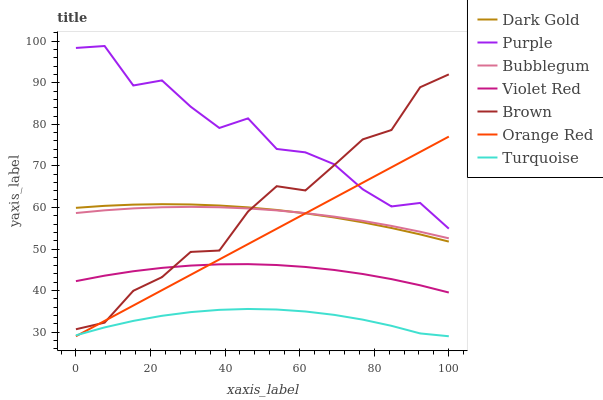
| xaxis_label | Dark Gold | Purple | Bubblegum | Violet Red | Brown | Orange Red | Turquoise |
 | --- | --- | --- | --- | --- | --- | --- | --- |
 | 0 | 59.9 | 98.4 | 58.7 | 42.3 | 30.7 | 29 | 29.2 |
 | 7.69 | 60.4 | 98.9 | 59.3 | 43.6 | 32.3 | 32.7 | 31.1 |
 | 15.4 | 60.7 | 89.4 | 59.8 | 44.6 | 39.9 | 36.4 | 32.7 |
 | 23.1 | 60.8 | 90.6 | 60.1 | 45.5 | 43.2 | 40.1 | 33.9 |
 | 30.8 | 60.7 | 84.3 | 60.1 | 46 | 49.3 | 43.8 | 34.8 |
 | 38.5 | 60.5 | 79.1 | 60 | 46.3 | 49.6 | 47.5 | 35.4 |
 | 46.2 | 60 | 81.4 | 59.8 | 46.4 | 59 | 51.2 | 35.6 |
 | 53.8 | 59.4 | 74.1 | 59.3 | 46.1 | 65.1 | 54.9 | 35.4 |
 | 61.5 | 58.6 | 73.3 | 58.6 | 45.7 | 64.1 | 58.6 | 35 |
 | 69.2 | 57.6 | 70.4 | 57.8 | 45 | 70.1 | 62.3 | 34.2 |
 | 76.9 | 56.4 | 64.4 | 56.8 | 44 | 76.4 | 66 | 33 |
 | 84.6 | 55.1 | 60.2 | 55.6 | 42.8 | 78.6 | 69.7 | 31.5 |
 | 92.3 | 53.5 | 61.1 | 54.2 | 41.3 | 88.9 | 73.4 | 29.7 |
 | 100 | 51.8 | 54.9 | 52.6 | 39.5 | 92 | 77.1 | 29 |